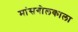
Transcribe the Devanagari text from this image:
मांसगोलकाला